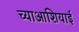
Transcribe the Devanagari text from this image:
च्याआशियाई